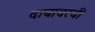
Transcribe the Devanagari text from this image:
दाबावरची